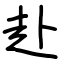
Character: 赴